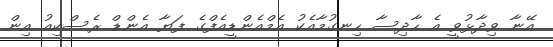
އޭނާ ވިދާޅުވީ އެ ހާދިސާ ހިނގުމާއެކު އެމްއެންޑީއެފްގެ ފަޔާ އެންޑް ރެސްކިއު އިން